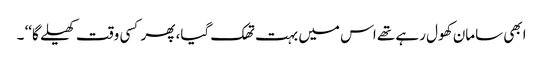
ابھی سامان کھول رہے تھے اس میں بہت تھک گیا، پھر کسی وقت کھیلے گا‘‘ ۔